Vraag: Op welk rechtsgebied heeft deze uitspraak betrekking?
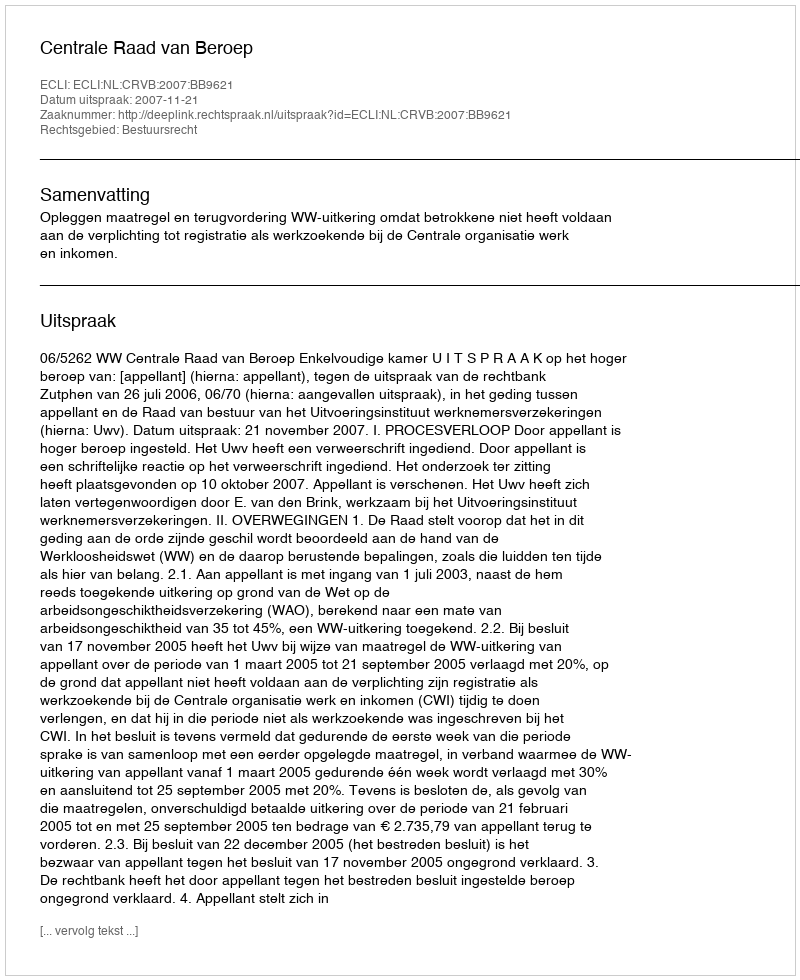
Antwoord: Bestuursrecht